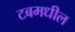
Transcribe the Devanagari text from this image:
टबमधील